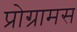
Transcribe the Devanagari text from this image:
प्रोग्रामस